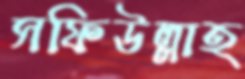
সফিউল্লাহ